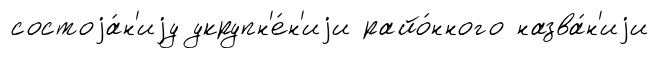
состоjа́н'иjу укрупн'е́н'иjи райо́нного назва́н'иjи